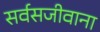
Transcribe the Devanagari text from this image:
सर्वसजीवाना